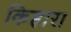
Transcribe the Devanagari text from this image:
किहारा